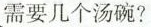
需要几个汤碗？